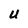
Character: U